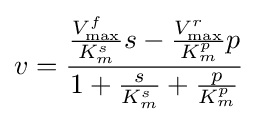
v={\frac {{\frac {V_{\max }^{f}}{K_{m}^{s}}}s-{\frac {V_{\max }^{r}}{K_{m}^{p}}}p}{1+{\frac {s}{K_{m}^{s}}}+{\frac {p}{K_{m}^{p}}}}}